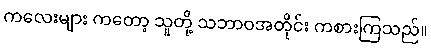
ကလေးများ ကတော့ သူတို့ သဘာဝအတိုင်း ကစားကြသည်။